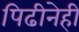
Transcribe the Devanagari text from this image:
पिढीनेही